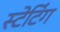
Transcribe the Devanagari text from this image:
स्टेटिंग